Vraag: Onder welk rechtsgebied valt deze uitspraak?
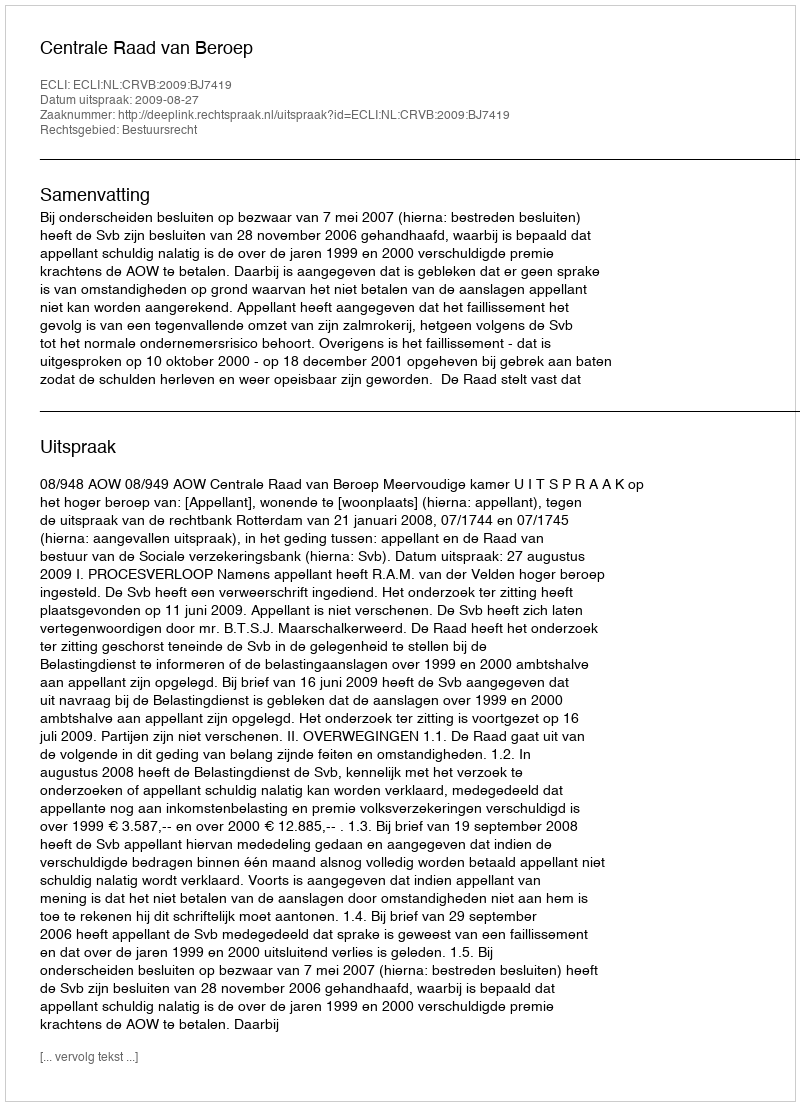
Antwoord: Bestuursrecht